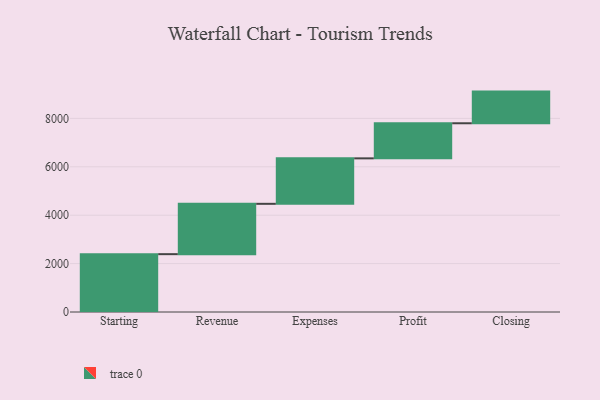
{"axis": {"x": "Step", "y": "Value"}, "legend": [""], "data": [{"x": "Starting", "y": 2390.0, "type": ""}, {"x": "Revenue", "y": 2080.0, "type": ""}, {"x": "Expenses", "y": 1879.0, "type": ""}, {"x": "Profit", "y": 1450.0, "type": ""}, {"x": "Closing", "y": 1308.0, "type": ""}]}